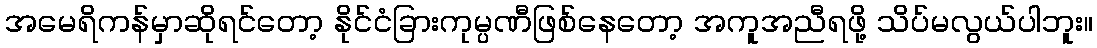
အမေရိကန်မှာဆိုရင်တော့ နိုင်ငံခြားကုမ္ပဏီဖြစ်နေတော့ အကူအညီရဖို့ သိပ်မလွယ်ပါဘူး။